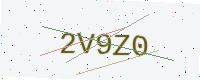
Text: 2V9Z0